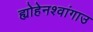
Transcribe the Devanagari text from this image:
ह्योहेनश्वांगाउ